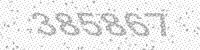
Solution: 385867